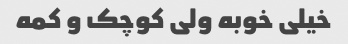
خیلی خوبه ولی کوچک و کمه